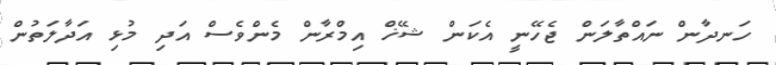
ހަނދާން ނައްތާލަން ޖެހޭނީ އެކަން ޝޭޚް އިމްރާން މެންވެސް އަދި މުޅި އަދާލަތުން